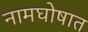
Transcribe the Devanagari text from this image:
नामघोषात